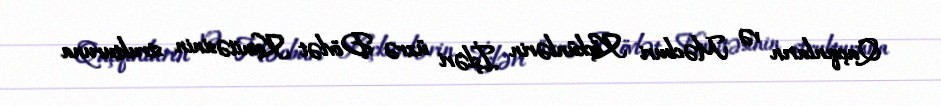
Qaçqınların və Məcburi Köçkünlərin İşləri üzrə Dövlət Komitəsinin strukturuna